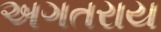
અગતરાય